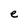
Character: e